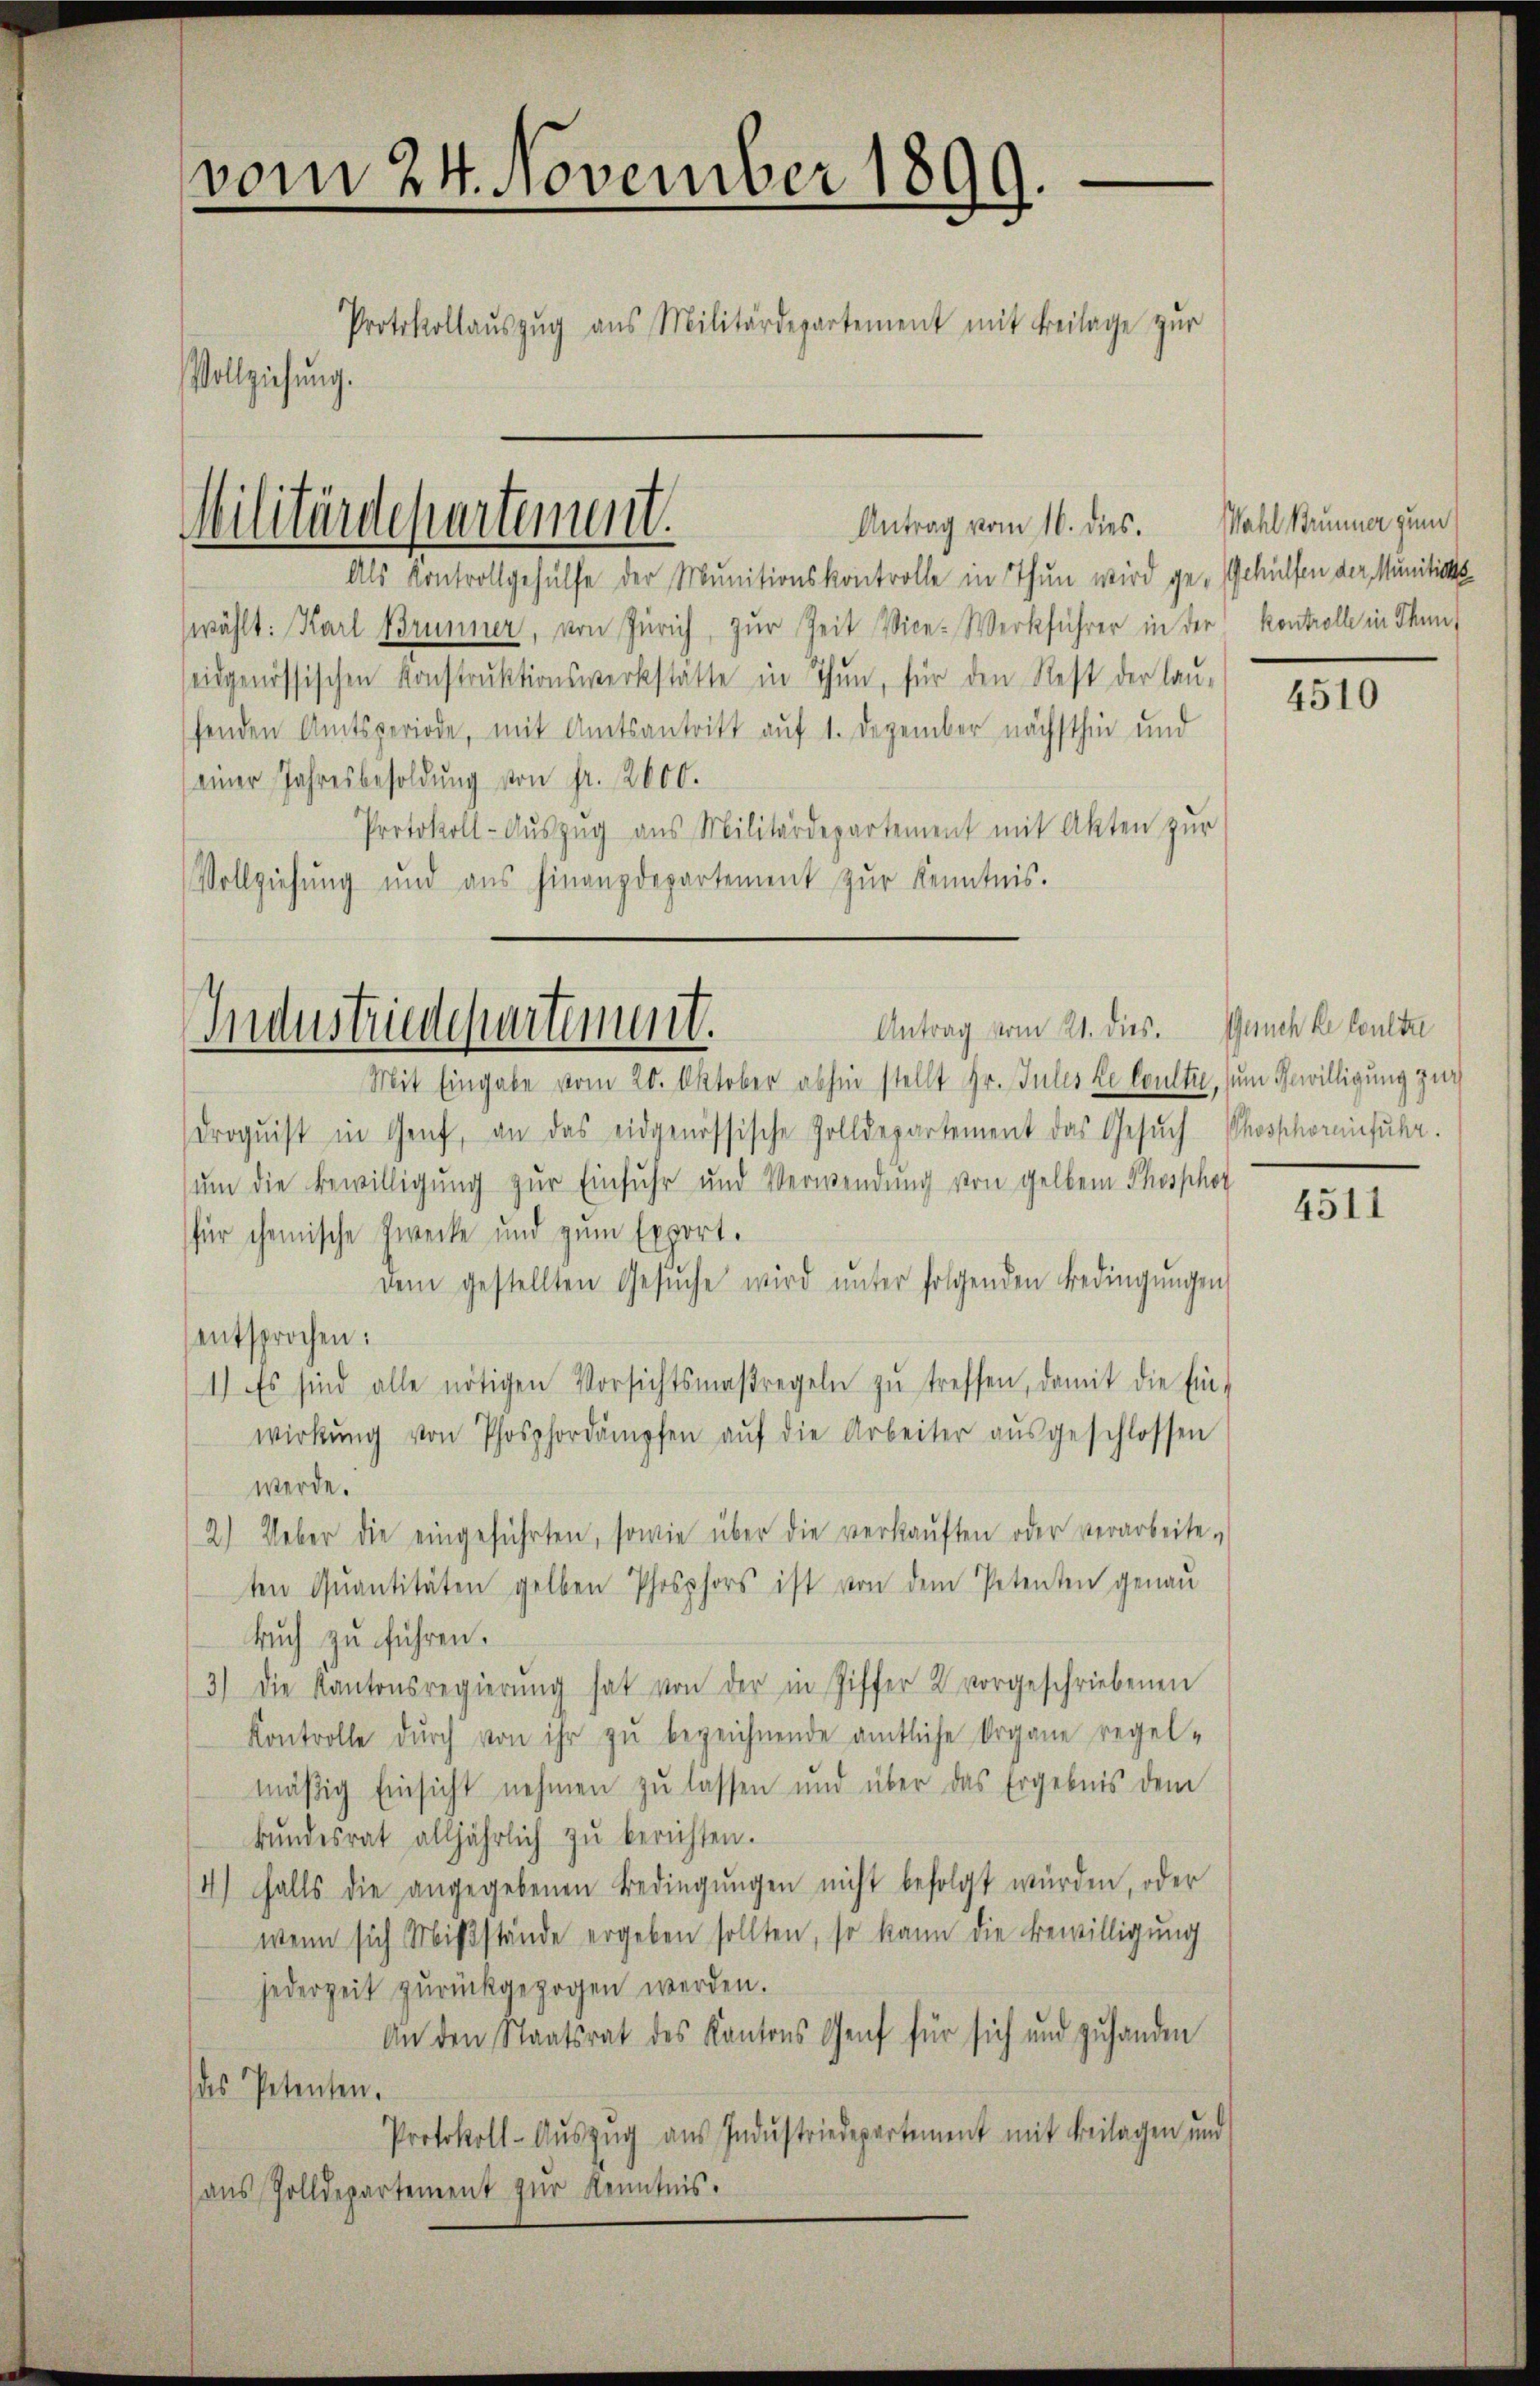
vom 24. November 1899.
Protokollaŭszŭg ans Militärdepartement mit Beilage zŭr
Vollziehung.

Militärdepartement.

Antrag vom 16. dies.

Als Kontrollgehülfe der Munitionskontrolle in Thun wird ge- Gehülfen der Munitions¬
(wählt: Karl Brunner, von Zürich, zur Zeit Vice-Werkführer in der Kontrolle in Thunseidgenössischen Konstrŭktionswerkstätte in Thun, für den Rest der lau-
fenden Amtsperiode, mit Amtsantritt auf 1. Dezember nächsthin und
einer Jahresbesoldŭng von fr. 2000.
Protokoll-Aŭszŭg ans Militärdepartement mit Akten zur
Vollziehung und aus hinanzdepartement zŭr Kenntnis.

Antrag vom 21. dies. Gesuch ke Coulte
Industriedepartement.
Mit Eingabe vom 20. Oktober abhin stellt Hr. Jules le Coulter, zum Gewilligung zur

Wahl Brunner zum

droqŭist in Genf, an das eidgenössische Zolldepartement das Gesuch Phosphoreinfuhr.
ŭm die Bewilligung zur Einfuhr und Verwendung von gelben Phosphor
für chemische Zwecke und zum Export.
dem gestellten Gesŭche wird ŭnter folgenden Bedingŭngen
entsprochen:
1) Es sind alle nötigen Vorsichtsmaßregeln zŭ treffen, damit die Ein-
wirkŭng von Phosphordämpfen aŭf die Arbeiter aŭsgeschlossen
werde.
(2.) Ueber die eingeführten, sowie über die verkaŭften oder verarbeite-
ten Quantitäten gelben Phosphors ist von dem Petenten genau
buch zu führen.
3) Die Kantonsregierŭng hat von der in Ziffer 2 vorgeschriebenen
Kontrolle dŭrch von ihr zŭ bezeichnende amtliche Organe regel-
mäβig Einsicht nehmen zŭ lassen und über das Ergebnis dem
bŭndesrat alljährlich zŭ berichten.
4) falls die angegebenen Bedingŭngen nicht befolgt würden, oder
wenn sich Mißstände ergeben sollten, so kann die Bewilligung
jederzeit zŭrückgezogen werden.
An den Staatsrat des Kantons Genf für sich und zŭ handen
des Petenten.
Protokoll-Aŭszŭg aŭs Indŭstriedepartement mit Beilagen und
aus Zolldepartement zur Kenntnis.

4510

4511